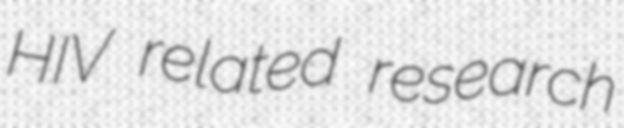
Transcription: HIV related research